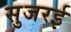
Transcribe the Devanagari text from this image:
सुजरई